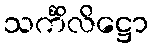
သင်္ကိလိဋ္ဌော